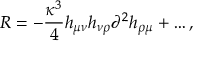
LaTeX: R = - \frac { \kappa ^ { 3 } } 4 h _ { \mu \nu } h _ { \nu \rho } \partial ^ { 2 } h _ { \rho \mu } + \ldots ,